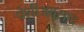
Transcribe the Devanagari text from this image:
पेशीअवसाद